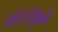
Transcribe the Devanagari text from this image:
बोटांमुळे